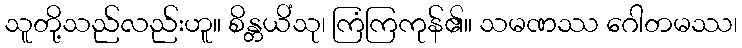
သူတို့သည်လည်းဟူ။ စိန္တယိံသု၊ ကြံကြကုန်၏။ သမဏဿ ဂေါတမဿ၊